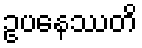
ဥပနေဿတိ